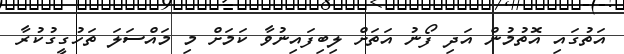
އަތުގައި އޮތުމުން އަދި ފޯނު އަތަށް ލިބިފައިނުވާ ކަމަށް މި މައްސަލަ ތަހުގީގުކުރާ